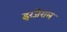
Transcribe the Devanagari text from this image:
इरंजेराल